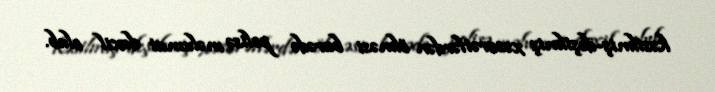
kəsilmiş-deşilmiş xəsarətlərdən ölməsi barədə polisə məlumat daxil olub.